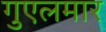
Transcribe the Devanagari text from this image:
गुएलमार